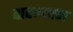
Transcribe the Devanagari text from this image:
दारम्यान